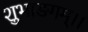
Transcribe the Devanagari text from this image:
शुभाङगम्।।